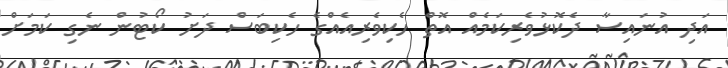
އަދި އުނައިސާ ދެކޮޅުވެރިކަމެއް އޮތް ހެކިވެރިއެއްގެ ހެކިބަސް ދަށު ކޯޓުން ނެގި ކަމަށް